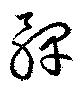
髀